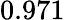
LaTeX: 0.971